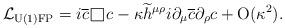
LaTeX: \begin{align*}{\cal L}_{\rm{U(1)FP}}=i\overline{c}\raisebox{-0.5mm}{\hskip 0.6mm\rule{0.1mm}{3.1mm}\rule{3.1mm}{0.1mm}\rule{0.1mm}{3.2mm}\hskip-3.3mm\rule[3.1mm]{3.2mm}{0.1mm}\hskip 0.7mm} c-\kappa\widetilde{h}^{\mu\rho}i\partial_{\mu}\overline{c}\partial_{\rho}c+{\rm O}(\kappa^2).\end{align*}